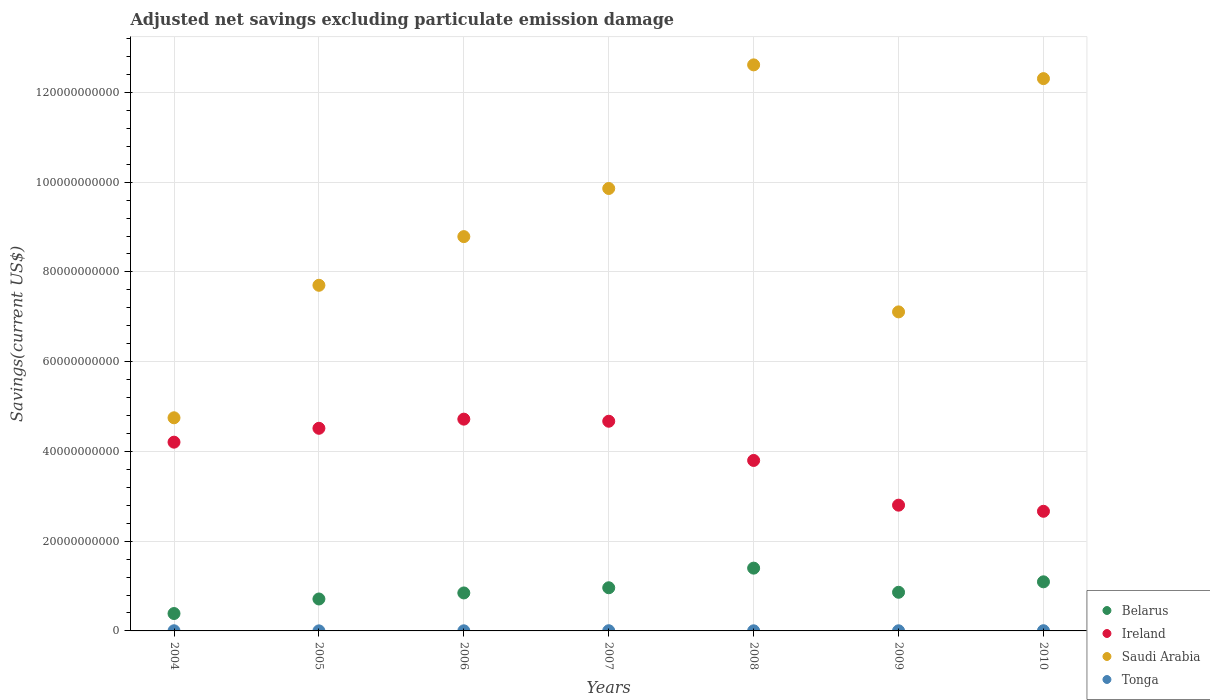
| Years | Belarus | Ireland | Saudi Arabia | Tonga |
 | --- | --- | --- | --- | --- |
 | 2004 | 3.87e+09 | 4.21e+10 | 4.75e+10 | 3.54e+07 |
 | 2005 | 7.12e+09 | 4.52e+10 | 7.7e+10 | 1.44e+07 |
 | 2006 | 8.46e+09 | 4.72e+10 | 8.79e+10 | 2.58e+07 |
 | 2007 | 9.62e+09 | 4.67e+10 | 9.86e+10 | 4.41e+07 |
 | 2008 | 1.4e+10 | 3.8e+10 | 1.26e+11 | 2.59e+07 |
 | 2009 | 8.61e+09 | 2.8e+10 | 7.11e+10 | 3.08e+07 |
 | 2010 | 1.09e+10 | 2.67e+10 | 1.23e+11 | 4.58e+07 |